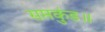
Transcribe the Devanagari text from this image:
सप्तकुंड॥